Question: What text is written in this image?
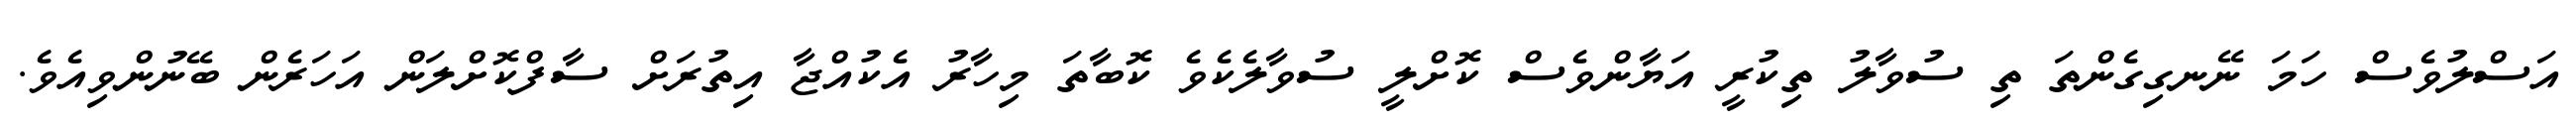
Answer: އަސްލުވެސް ހަމަ ނޭނގިގެންތަ ތި ސުވާލު ތިކުރީ އަޔާންވެސް ކޮށްލީ ސުވާލެކެވެ ކޮބާތަ މިހާރު އެކުއްޖާ އިތުރަށް ސާފްކޮށްލަން އަހަރެން ބޭނުންވިއެވެ.